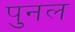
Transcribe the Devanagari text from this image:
पुनल